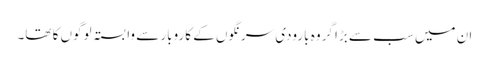
ان میں سب سے بڑا گروہ بارودی سرنگوں کے کاروبار سے وابستہ لوگوں کا تھا۔